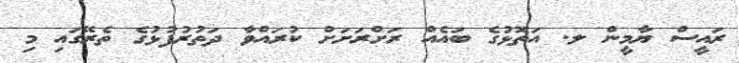
ރައީސް ޔާމީން ލ. އަތޮޅުގެ ބައެއް ރަށްރަށަށް ކުރައްވާ ދަތުރުފުޅުގެ ތެރޭގައި މި